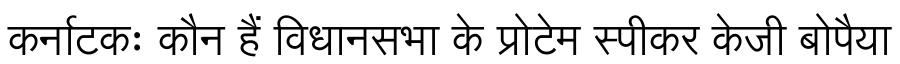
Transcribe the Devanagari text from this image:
कर्नाटकः कौन हैं विधानसभा के प्रोटेम स्पीकर केजी बोपैया